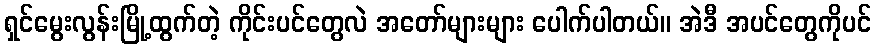
ရှင်မွေးလွန်းမြို့ထွက်တဲ့ ကိုင်းပင်တွေလဲ အတော်များများ ပေါက်ပါတယ်။ အဲဒီ အပင်တွေကိုပင်